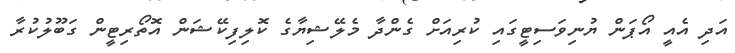
އަދި އެއީ އޯޕަން ޔުނިވަސިޓީގައި ކުރިއަށް ގެންދާ މެލޭޝިޔާގެ ކޮލިފިކޭޝަން އޮތޯރިޓީން ގަބޫލުކުރާ